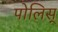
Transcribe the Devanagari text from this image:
पोलिस्